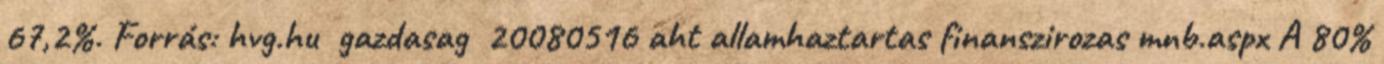
67,2%. Forrás: hvg.hu gazdasag 20080516 aht allamhaztartas finanszirozas mnb.aspx A 80%